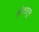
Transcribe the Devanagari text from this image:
झोतातून